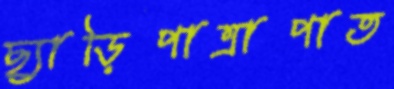
ছ্যাড়িপাত্রাপাত